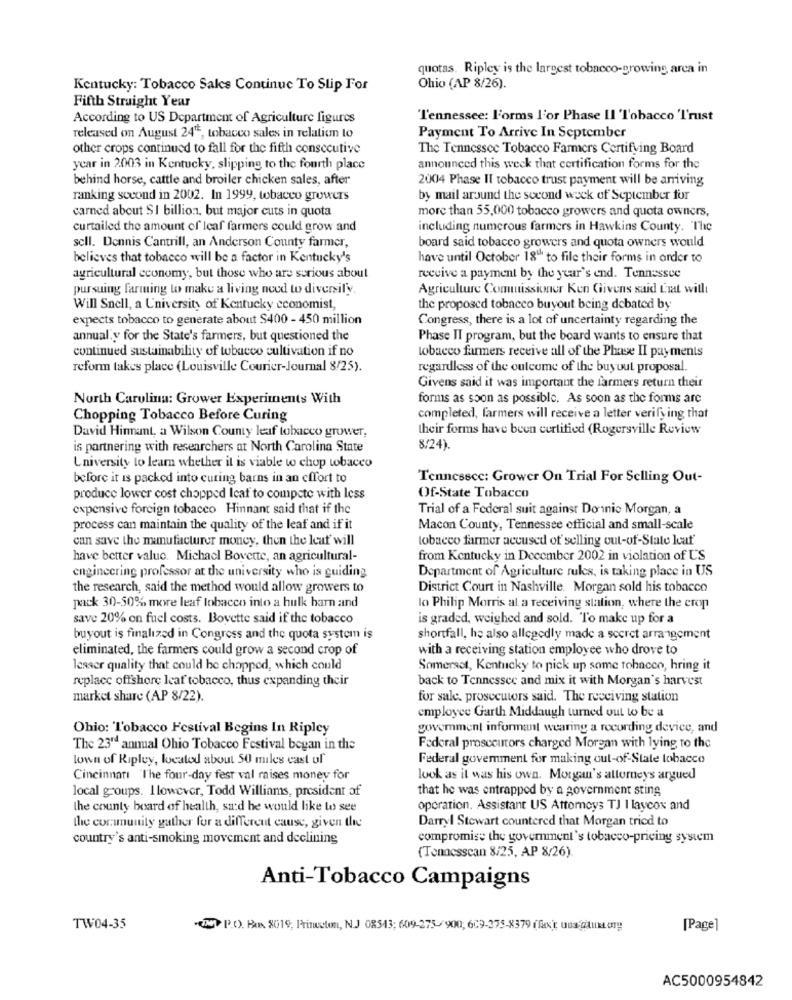
quotas. Ripley is the largest tobacco-growing arca in
Kentucky: Tobacco Sales Continue To Slip For
Ohio (AP 8/26).
Fifth Straight Year
According to US Department of Agriculture figures
Tennessee: Forms l'or Phase II 'Tobacco 'I'rust
released on August 24", tobacco sales in relation to
Payment To Arrive In September
other crops continued to fall for the fifth consecutive
The Tennessee Tobacco Farmers Certifying Board
year in 2003 in Kentucky, slipping to the fourth place
announced this week that certification forms for the
behind horse, cattle and broiler chicken sales, after
2004 Phase II tobacco trust payment will be arriving
ranking second in 2002. In 1999, tobacco growers
by mail around the second week of September for
carned about SI billion, but major cuts in quota
more than 55,000 tobacco growers and quota owners,
curtailed the amount of leaf farmers could grow and
including numerous farmers in Hawkins County. The
sell. Dennis Cantrill, an Anderson County farmer,
board said tobacco growers and quota owners would
believes that tobacco will be a factor in Kentucky's
have until October 18" to file their forms in order to
agricultural economy, but those who are serious about
receive a payment by the year's end. Tennessee
pursuing farming to make a living need to diversify.
Agriculture Commissioner Ken Givens said Csat will
Will Snell, a University of Kentucky economist,
the proposed tobacco buyout being debated by
expects tobacco to generate about $400 - 450 million
Congress, there is a lot of uncertainty regarding the
annual y for the State's farmers, but questioned the
Phase II program, but the board wants to ensure that
continued sustainability of tobacco cultivation if no
tobacco farmers receive all of the Phase II payments
reform takes place (Louisville Courier-Journal 8/25).
regardless of the outcome of the buyout proposal.
Givens said it was important the farmers return their
North Carolina: Grower Experiments With
forms as soon as possible. As soon as the forms are
Chopping Tobacco Before Curing
completed, farmers will receive a letter verifying that
David Hirmant, a Wilson County leaf tobacco grower,
their forms have been certified (Rogersville Review
is partnering with researchers at North Carolina State
8/24).
University to learn whether it is viable to chop tobacco
before it is packed into curing barns in an effort to
Tennessee: Grower On Trial For Selling Out-
produce lower cost chopped Icaf to compete with less
Of-State Tobacco
expensive foreign tobacco Hinnant said that if the
Trial of a Federal suit against Dominio Morgan, a
process can maintain the quality of the leaf and if it
Macon County, Tennessee official and small-scale
can save the manufacturer money, then the leaf will
tobacco farmer accused of selling out-of-State leaf'
have better value. Michael Bovette, an agricultural-
from Kentucky in December 2002 in violation of US
Department of Agriculture rules, is taking place in US
engineering professor at the university who is guiding
the research, said the method would allow growers to
District Court in Nashville. Morgan sold his tobacco
pack 30-50% more leaf tobacco into a hulk barn and
lo Philip Morris al a receiving station, where the crop
save 20% on fuel costs. Bovette said if the tobacco
is graded, weighed and sold. To make up for a
buyout is finalized in Congress and the quota system is
shortfall, he also allegedly made a secret arrangement
eliminated, the farmers could grow a second crop of
with a receiving station employee who drove to
lesser quality that could be chapped, which could
Somerset, Kentucky to pick up some tohacen, hring it
replace offshore leaf tobacco, thus expanding their
back to Tennessee and mix it with Morgan's harvest
market share (AP 8/22).
for sale. prosecutors said. The receiving station
employee Garth Middaugh turned out to be a
Ohio: 'Tobacco Festival Begins In Ripley
goverment informant wearing a recording device, and
The 23rd annual Ohio Tobacco Festival began in the
Federal prosecutors charged Morgan with lying to the
lown of Ripley, located about 50 miles cast of
Federal government for making out-of-State tobacco
Cincinnati The four-day fest val raises money for
look as it was his own. Morgan's attorneys argued
local groups. However, Todd Williams, president of
that he was entrapped by a government sting
the county board of health, sad he would like to see
operation. Assistant US Attorneys TJ I laycox and
Darryl Stewart countered that Morgan tried to
the community gather for a different cause, given the
country's anti-smoking movement and declining
compromise the government's tobacco-pricing system
(Tennessean 8/25, AP 8/26)
Anti-Tobacco Campaigns
TW04-35
(W> P.O. Box 8019, Princeton, N.J 08543; 609-275-900; 609-275-8379 (fx); una Gilux ory
[Page]
AC5000954842